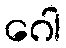
ဂေါ